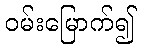
ဝမ်းမြောက်၍